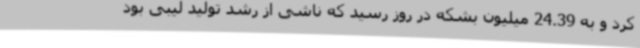
کرد و به 24.39 میلیون بشکه در روز رسید که ناشی از رشد تولید لیبی بود